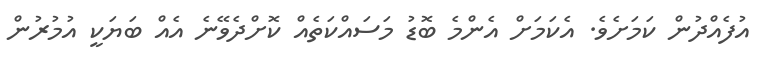
އުފެއްދުން ކަމަށެވެ. އެކަމަށް އެންމެ ބޮޑު މަސައްކަތެއް ކޮށްދެވޭނެ އެއް ބަޔަކީ އުމުރުން